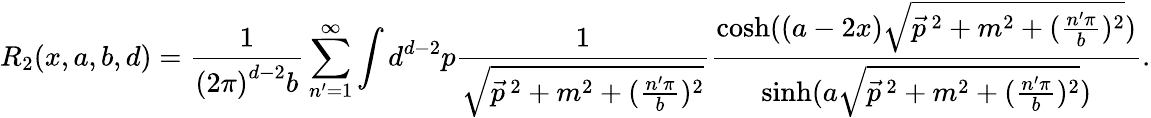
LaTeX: R_{2}(x,a,b,d)=\frac{1}{\left(2\pi\right)^{d-2}b}\sum_{n^{\prime}=1}^{\infty}\int d^{d-2}p\frac{1}{\sqrt{\vec{p}^{\, 2}+m^{2}+(\frac{n^{\prime}\pi}{b})^{2}}}\frac{\cosh((a-2x)\sqrt{\vec{p}^{\, 2}+m^{2}+(\frac{n^{\prime}\pi}{b})^{2}})}{\sinh(a\sqrt{\vec{p}^{\, 2}+m^{2}+(\frac{n^{\prime}\pi}{b})^{2}})}.